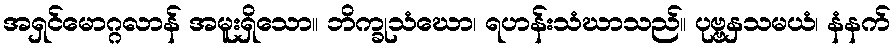
အရှင်မောဂ္ဂလာန် အမူးရှိသော။ ဘိက္ခုသံဃော၊ ရဟန်းသံဃာသည်။ ပုဗ္ဗနှသမယံ၊ နံနက်